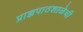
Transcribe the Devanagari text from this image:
प्राज्ञपाठशाळेची